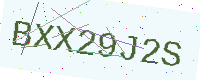
Text: BXX29J2S